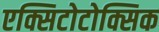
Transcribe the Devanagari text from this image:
एक्सिटोटोक्सिक